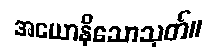
အယောနိသောသုတ်။